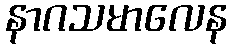
နာဂသမာလေန